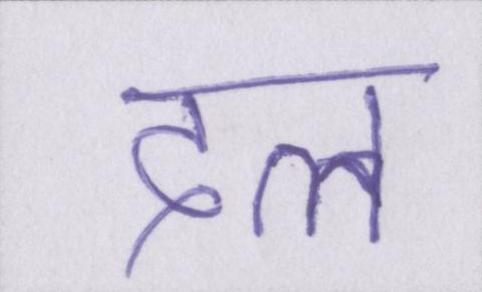
दत्त